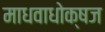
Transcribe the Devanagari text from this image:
माधवाधोक्षज